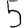
Digit: 5